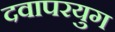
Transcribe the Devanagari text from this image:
दवापरयुग